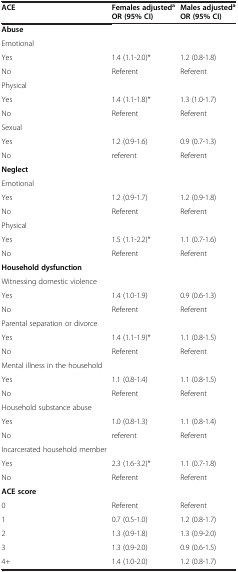
<table><thead><tr><td><b>ACE</b></td><td><b>Females Adjusted<sup>a</sup>OR (95% CI)</b></td><td><b>Males Adjusted<sup>a</sup>OR (95% CI)</b></td></tr></thead><tbody><tr><td><b>Abuse</b></td><td> </td><td> </td></tr><tr><td>Emotional</td><td> </td><td> </td></tr><tr><td>Yes</td><td>1.4 (1.1-2.0)*</td><td>1.2 (0.8-1.8)</td></tr><tr><td>No</td><td>Referent</td><td>Referent</td></tr><tr><td>Physical</td><td> </td><td> </td></tr><tr><td>Yes</td><td>1.4 (1.1-1.8)*</td><td>1.3 (1.0-1.7)</td></tr><tr><td>No</td><td>Referent</td><td>Referent</td></tr><tr><td>Sexual</td><td> </td><td> </td></tr><tr><td>Yes</td><td>1.2 (0.9-1.6)</td><td>0.9 (0.7-1.3)</td></tr><tr><td>No</td><td>referent</td><td>Referent</td></tr><tr><td><b>Neglect</b></td><td> </td><td> </td></tr><tr><td>Emotional</td><td> </td><td> </td></tr><tr><td>Yes</td><td>1.2 (0.9-1.7)</td><td>1.2 (0.9-1.8)</td></tr><tr><td>No</td><td>Referent</td><td>Referent</td></tr><tr><td>Physical</td><td> </td><td> </td></tr><tr><td>Yes</td><td>1.5 (1.1-2.2)*</td><td>1.1 (0.7-1.6)</td></tr><tr><td>No</td><td>Referent</td><td>Referent</td></tr><tr><td><b>Household dysfunction</b></td><td> </td><td> </td></tr><tr><td>Witnessing domestic violence</td><td> </td><td> </td></tr><tr><td>Yes</td><td>1.4 (1.0-1.9)</td><td>0.9 (0.6-1.3)</td></tr><tr><td>No</td><td>Referent</td><td>Referent</td></tr><tr><td>Parental separation or divorce</td><td> </td><td> </td></tr><tr><td>Yes</td><td>1.4 (1.1-1.9)*</td><td>1.1 (0.8-1.5)</td></tr><tr><td>No</td><td>Referent</td><td>Referent</td></tr><tr><td>Mental illness in the household</td><td> </td><td> </td></tr><tr><td>Yes</td><td>1.1 (0.8-1.4)</td><td>1.1 (0.8-1.5)</td></tr><tr><td>No</td><td>Referent</td><td>Referent</td></tr><tr><td>Household substance abuse</td><td> </td><td> </td></tr><tr><td>Yes</td><td>1.0 (0.8-1.3)</td><td>1.1 (0.8-1.4)</td></tr><tr><td>No</td><td>referent</td><td>Referent</td></tr><tr><td>Incarcerated household member</td><td> </td><td> </td></tr><tr><td>Yes</td><td>2.3 (1.6-3.2)*</td><td>1.1 (0.7-1.8)</td></tr><tr><td>No</td><td>Referent</td><td>Referent</td></tr><tr><td><b>ACE score</b></td><td> </td><td> </td></tr><tr><td>0</td><td>Referent</td><td>Referent</td></tr><tr><td>1</td><td>0.7 (0.5-1.0)</td><td>1.2 (0.8-1.7)</td></tr><tr><td>2</td><td>1.3 (0.9-1.8)</td><td>1.3 (0.9-2.0)</td></tr><tr><td>3</td><td>1.3 (0.9-2.0)</td><td>0.9 (0.6-1.5)</td></tr><tr><td>4+</td><td>1.4 (1.0-2.0)</td><td>1.2 (0.8-1.7)</td></tr></tbody></table>